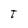
Character: t